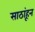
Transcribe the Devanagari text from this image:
साठांहून